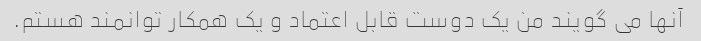
آنها می گویند من یک دوست قابل اعتماد و یک همکار توانمند هستم.